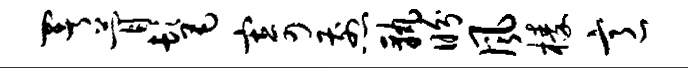
署瞢髦寄煎孰盼风榛意